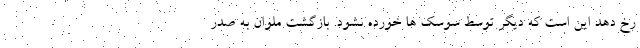
رخ دهد این است که دیگر توسط سوسک ها خورده نشود. بازگشت ملوان به صدر